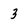
Character: 3